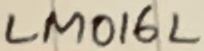
Text: LM016L